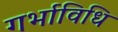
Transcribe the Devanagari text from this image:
गर्भाविधि